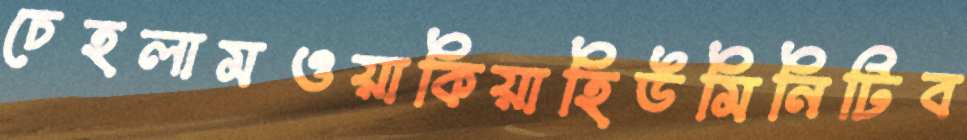
চেহলামওয়াকিয়াহিউমিনিটিব